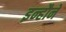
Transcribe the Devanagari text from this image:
इन्हौने